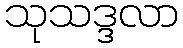
သုသဒ္ဒလာ